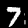
Digit: 7